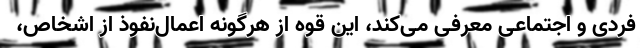
فردی و اجتماعی معرفی می‌کند، این قوه از هرگونه اعمال‌نفوذ از اشخاص،